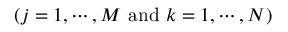
( j = 1 , \cdots , M \mathrm { \ a n d \ } k = 1 , \cdots , N )